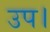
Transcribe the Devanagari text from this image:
उप।